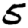
Digit: 5